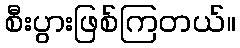
စီးပွားဖြစ်ကြတယ်။